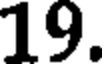
19.